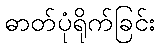
ဓာတ်ပုံရိုက်ခြင်း